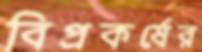
বিপ্রকর্ষের